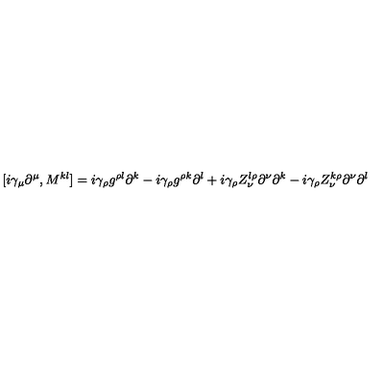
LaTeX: [ i \gamma _ { \mu } \partial ^ { \mu } , M ^ { k l } ] = i \gamma _ { \rho } g ^ { \rho l } \partial ^ { k } - i \gamma _ { \rho } g ^ { \rho k } \partial ^ { l } + i \gamma _ { \rho } Z _ { \nu } ^ { l \rho } \partial ^ { \nu } \partial ^ { k } - i \gamma _ { \rho } Z _ { \nu } ^ { k \rho } \partial ^ { \nu } \partial ^ { l }